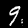
Label: 9